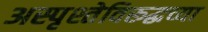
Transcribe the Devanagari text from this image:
अस्पृश्तेविरूद्धच्या